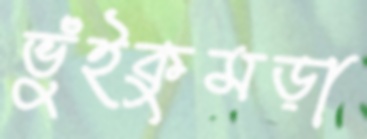
ভুঁইকুমড়া